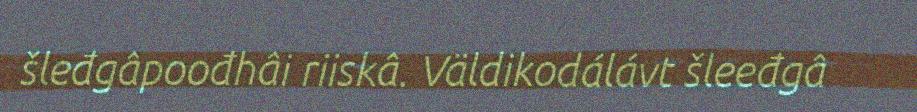
šleđgâpoođhâi riiskâ. Väldikodálávt šleeđgâ